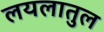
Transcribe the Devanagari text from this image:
लयलातुल